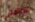
تعاملي